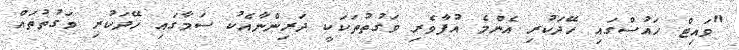
"ވައިޓް ހައުސްގައި ހޭދަކުރި އެންމެ އުފާވެރި ވަގުތުތަކަކީ ދަރިންނާއެކު ސަމާގައި ހޭދަކުރި ވަގުތުތައް